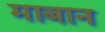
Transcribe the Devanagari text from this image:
माबान